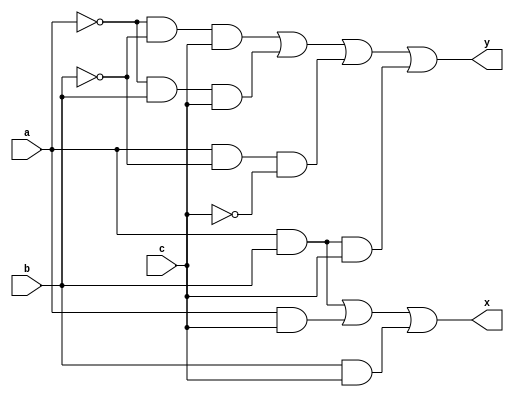
module full_adder(a,b,c,y,x);
input a,b,c;
output y,x;
assign y = ((!a&!b&c)|(!a&b&c)|(a&!b&!c)|(a&b&c));
assign x = ((a&b)|(a&c)|(b&c));
endmodule